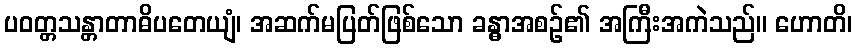
ပဝတ္တသန္တာတာဓိပတေယျံ၊ အဆက်မပြတ်ဖြစ်သော ခန္ဓာအစဉ်၏ အကြီးအကဲသည်။ ဟောတိ၊